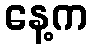
နေ့က